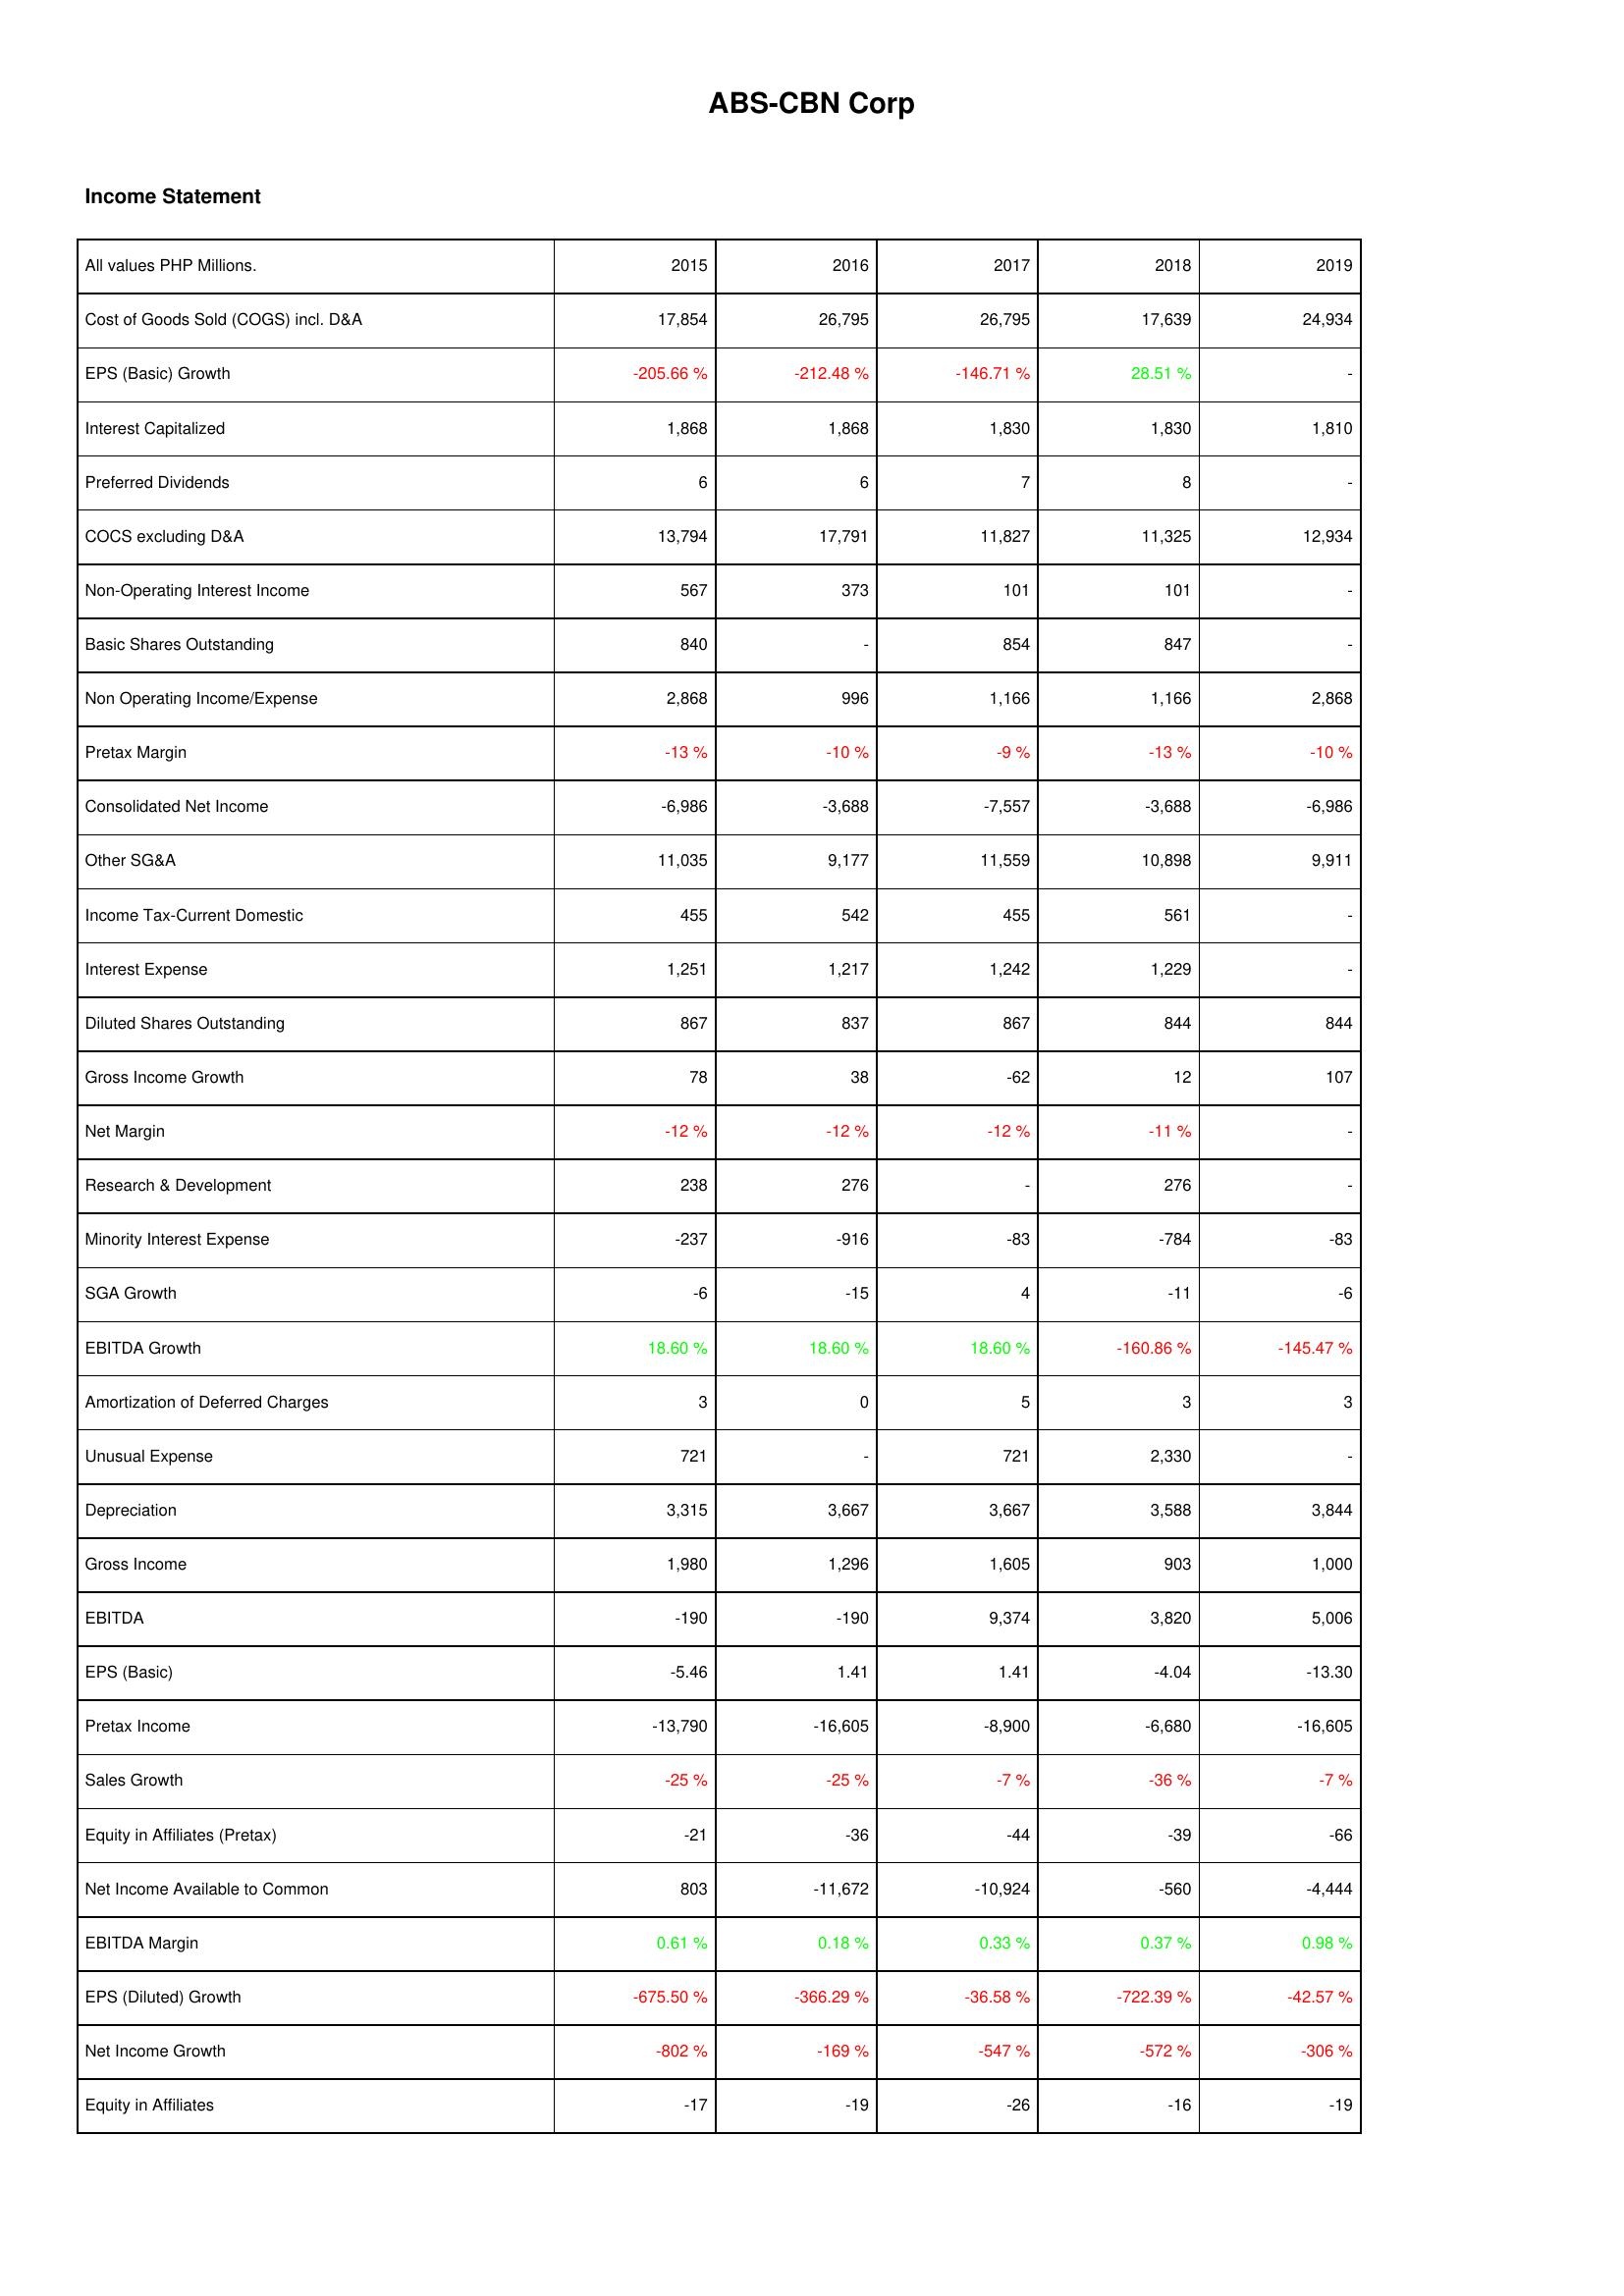
2015: Income Statement: Cost of Goods Sold (COGS) incl. D&A: 17,854
EPS (Basic) Growth: -205.66 %
Interest Capitalized: 1,868
Preferred Dividends: 6
COCS excluding D&A: 13,794
Non-Operating Interest Income: 567
Basic Shares Outstanding: 840
Non Operating Income/Expense: 2,868
Pretax Margin: -13 %
Consolidated Net Income: -6,986
Other SG&A: 11,035
Income Tax-Current Domestic: 455
Interest Expense: 1,251
Diluted Shares Outstanding: 867
Gross Income Growth: 78
Net Margin: -12 %
Research & Development: 238
Minority Interest Expense: -237
SGA Growth: -6
EBITDA Growth: 18.60 %
Amortization of Deferred Charges: 3
Unusual Expense: 721
Depreciation: 3,315
Gross Income: 1,980
EBITDA: -190
EPS (Basic): -5.46
Pretax Income: -13,790
Sales Growth: -25 %
Equity in Affiliates (Pretax): -21
Net Income Available to Common: 803
EBITDA Margin: 0.61 %
EPS (Diluted) Growth: -675.50 %
Net Income Growth: -802 %
Equity in Affiliates: -17
2016: Income Statement: Cost of Goods Sold (COGS) incl. D&A: 26,795
EPS (Basic) Growth: -212.48 %
Interest Capitalized: 1,868
Preferred Dividends: 6
COCS excluding D&A: 17,791
Non-Operating Interest Income: 373
Basic Shares Outstanding: -
Non Operating Income/Expense: 996
Pretax Margin: -10 %
Consolidated Net Income: -3,688
Other SG&A: 9,177
Income Tax-Current Domestic: 542
Interest Expense: 1,217
Diluted Shares Outstanding: 837
Gross Income Growth: 38
Net Margin: -12 %
Research & Development: 276
Minority Interest Expense: -916
SGA Growth: -15
EBITDA Growth: 18.60 %
Amortization of Deferred Charges: 0
Unusual Expense: -
Depreciation: 3,667
Gross Income: 1,296
EBITDA: -190
EPS (Basic): 1.41
Pretax Income: -16,605
Sales Growth: -25 %
Equity in Affiliates (Pretax): -36
Net Income Available to Common: -11,672
EBITDA Margin: 0.18 %
EPS (Diluted) Growth: -366.29 %
Net Income Growth: -169 %
Equity in Affiliates: -19
2017: Income Statement: Cost of Goods Sold (COGS) incl. D&A: 26,795
EPS (Basic) Growth: -146.71 %
Interest Capitalized: 1,830
Preferred Dividends: 7
COCS excluding D&A: 11,827
Non-Operating Interest Income: 101
Basic Shares Outstanding: 854
Non Operating Income/Expense: 1,166
Pretax Margin: -9 %
Consolidated Net Income: -7,557
Other SG&A: 11,559
Income Tax-Current Domestic: 455
Interest Expense: 1,242
Diluted Shares Outstanding: 867
Gross Income Growth: -62
Net Margin: -12 %
Research & Development: -
Minority Interest Expense: -83
SGA Growth: 4
EBITDA Growth: 18.60 %
Amortization of Deferred Charges: 5
Unusual Expense: 721
Depreciation: 3,667
Gross Income: 1,605
EBITDA: 9,374
EPS (Basic): 1.41
Pretax Income: -8,900
Sales Growth: -7 %
Equity in Affiliates (Pretax): -44
Net Income Available to Common: -10,924
EBITDA Margin: 0.33 %
EPS (Diluted) Growth: -36.58 %
Net Income Growth: -547 %
Equity in Affiliates: -26
2018: Income Statement: Cost of Goods Sold (COGS) incl. D&A: 17,639
EPS (Basic) Growth: 28.51 %
Interest Capitalized: 1,830
Preferred Dividends: 8
COCS excluding D&A: 11,325
Non-Operating Interest Income: 101
Basic Shares Outstanding: 847
Non Operating Income/Expense: 1,166
Pretax Margin: -13 %
Consolidated Net Income: -3,688
Other SG&A: 10,898
Income Tax-Current Domestic: 561
Interest Expense: 1,229
Diluted Shares Outstanding: 844
Gross Income Growth: 12
Net Margin: -11 %
Research & Development: 276
Minority Interest Expense: -784
SGA Growth: -11
EBITDA Growth: -160.86 %
Amortization of Deferred Charges: 3
Unusual Expense: 2,330
Depreciation: 3,588
Gross Income: 903
EBITDA: 3,820
EPS (Basic): -4.04
Pretax Income: -6,680
Sales Growth: -36 %
Equity in Affiliates (Pretax): -39
Net Income Available to Common: -560
EBITDA Margin: 0.37 %
EPS (Diluted) Growth: -722.39 %
Net Income Growth: -572 %
Equity in Affiliates: -16
2019: Income Statement: Cost of Goods Sold (COGS) incl. D&A: 24,934
EPS (Basic) Growth: -
Interest Capitalized: 1,810
Preferred Dividends: -
COCS excluding D&A: 12,934
Non-Operating Interest Income: -
Basic Shares Outstanding: -
Non Operating Income/Expense: 2,868
Pretax Margin: -10 %
Consolidated Net Income: -6,986
Other SG&A: 9,911
Income Tax-Current Domestic: -
Interest Expense: -
Diluted Shares Outstanding: 844
Gross Income Growth: 107
Net Margin: -
Research & Development: -
Minority Interest Expense: -83
SGA Growth: -6
EBITDA Growth: -145.47 %
Amortization of Deferred Charges: 3
Unusual Expense: -
Depreciation: 3,844
Gross Income: 1,000
EBITDA: 5,006
EPS (Basic): -13.30
Pretax Income: -16,605
Sales Growth: -7 %
Equity in Affiliates (Pretax): -66
Net Income Available to Common: -4,444
EBITDA Margin: 0.98 %
EPS (Diluted) Growth: -42.57 %
Net Income Growth: -306 %
Equity in Affiliates: -19